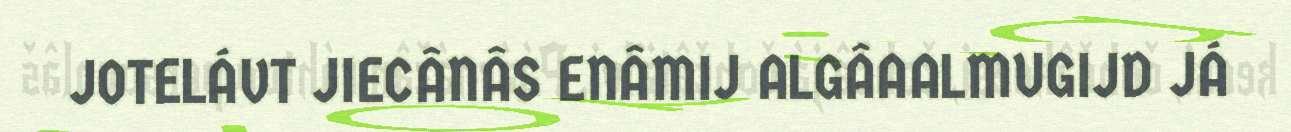
JOTELÁVT JIECÂNÂS ENÂMIJ ALGÂAALMUGIJD JÁ